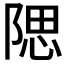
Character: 𨺯